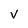
Character: V